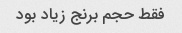
فقط حجم برنج زیاد بود